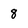
Character: 8